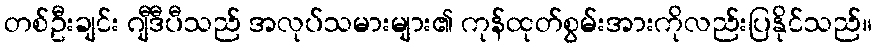
တစ်ဦးချင်း ဂျီဒီပီသည် အလုပ်သမားများ၏ ကုန်ထုတ်စွမ်းအားကိုလည်းပြနိုင်သည်။